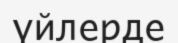
үйлерде